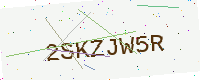
Text: 2SKZJW5R